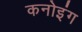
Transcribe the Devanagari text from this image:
कनोइंग